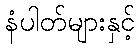
နံပါတ်များနှင့်